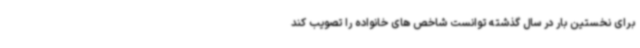
برای نخستین بار در سال گذشته توانست شاخص های خانواده را تصویب کند